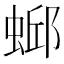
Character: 𫋄